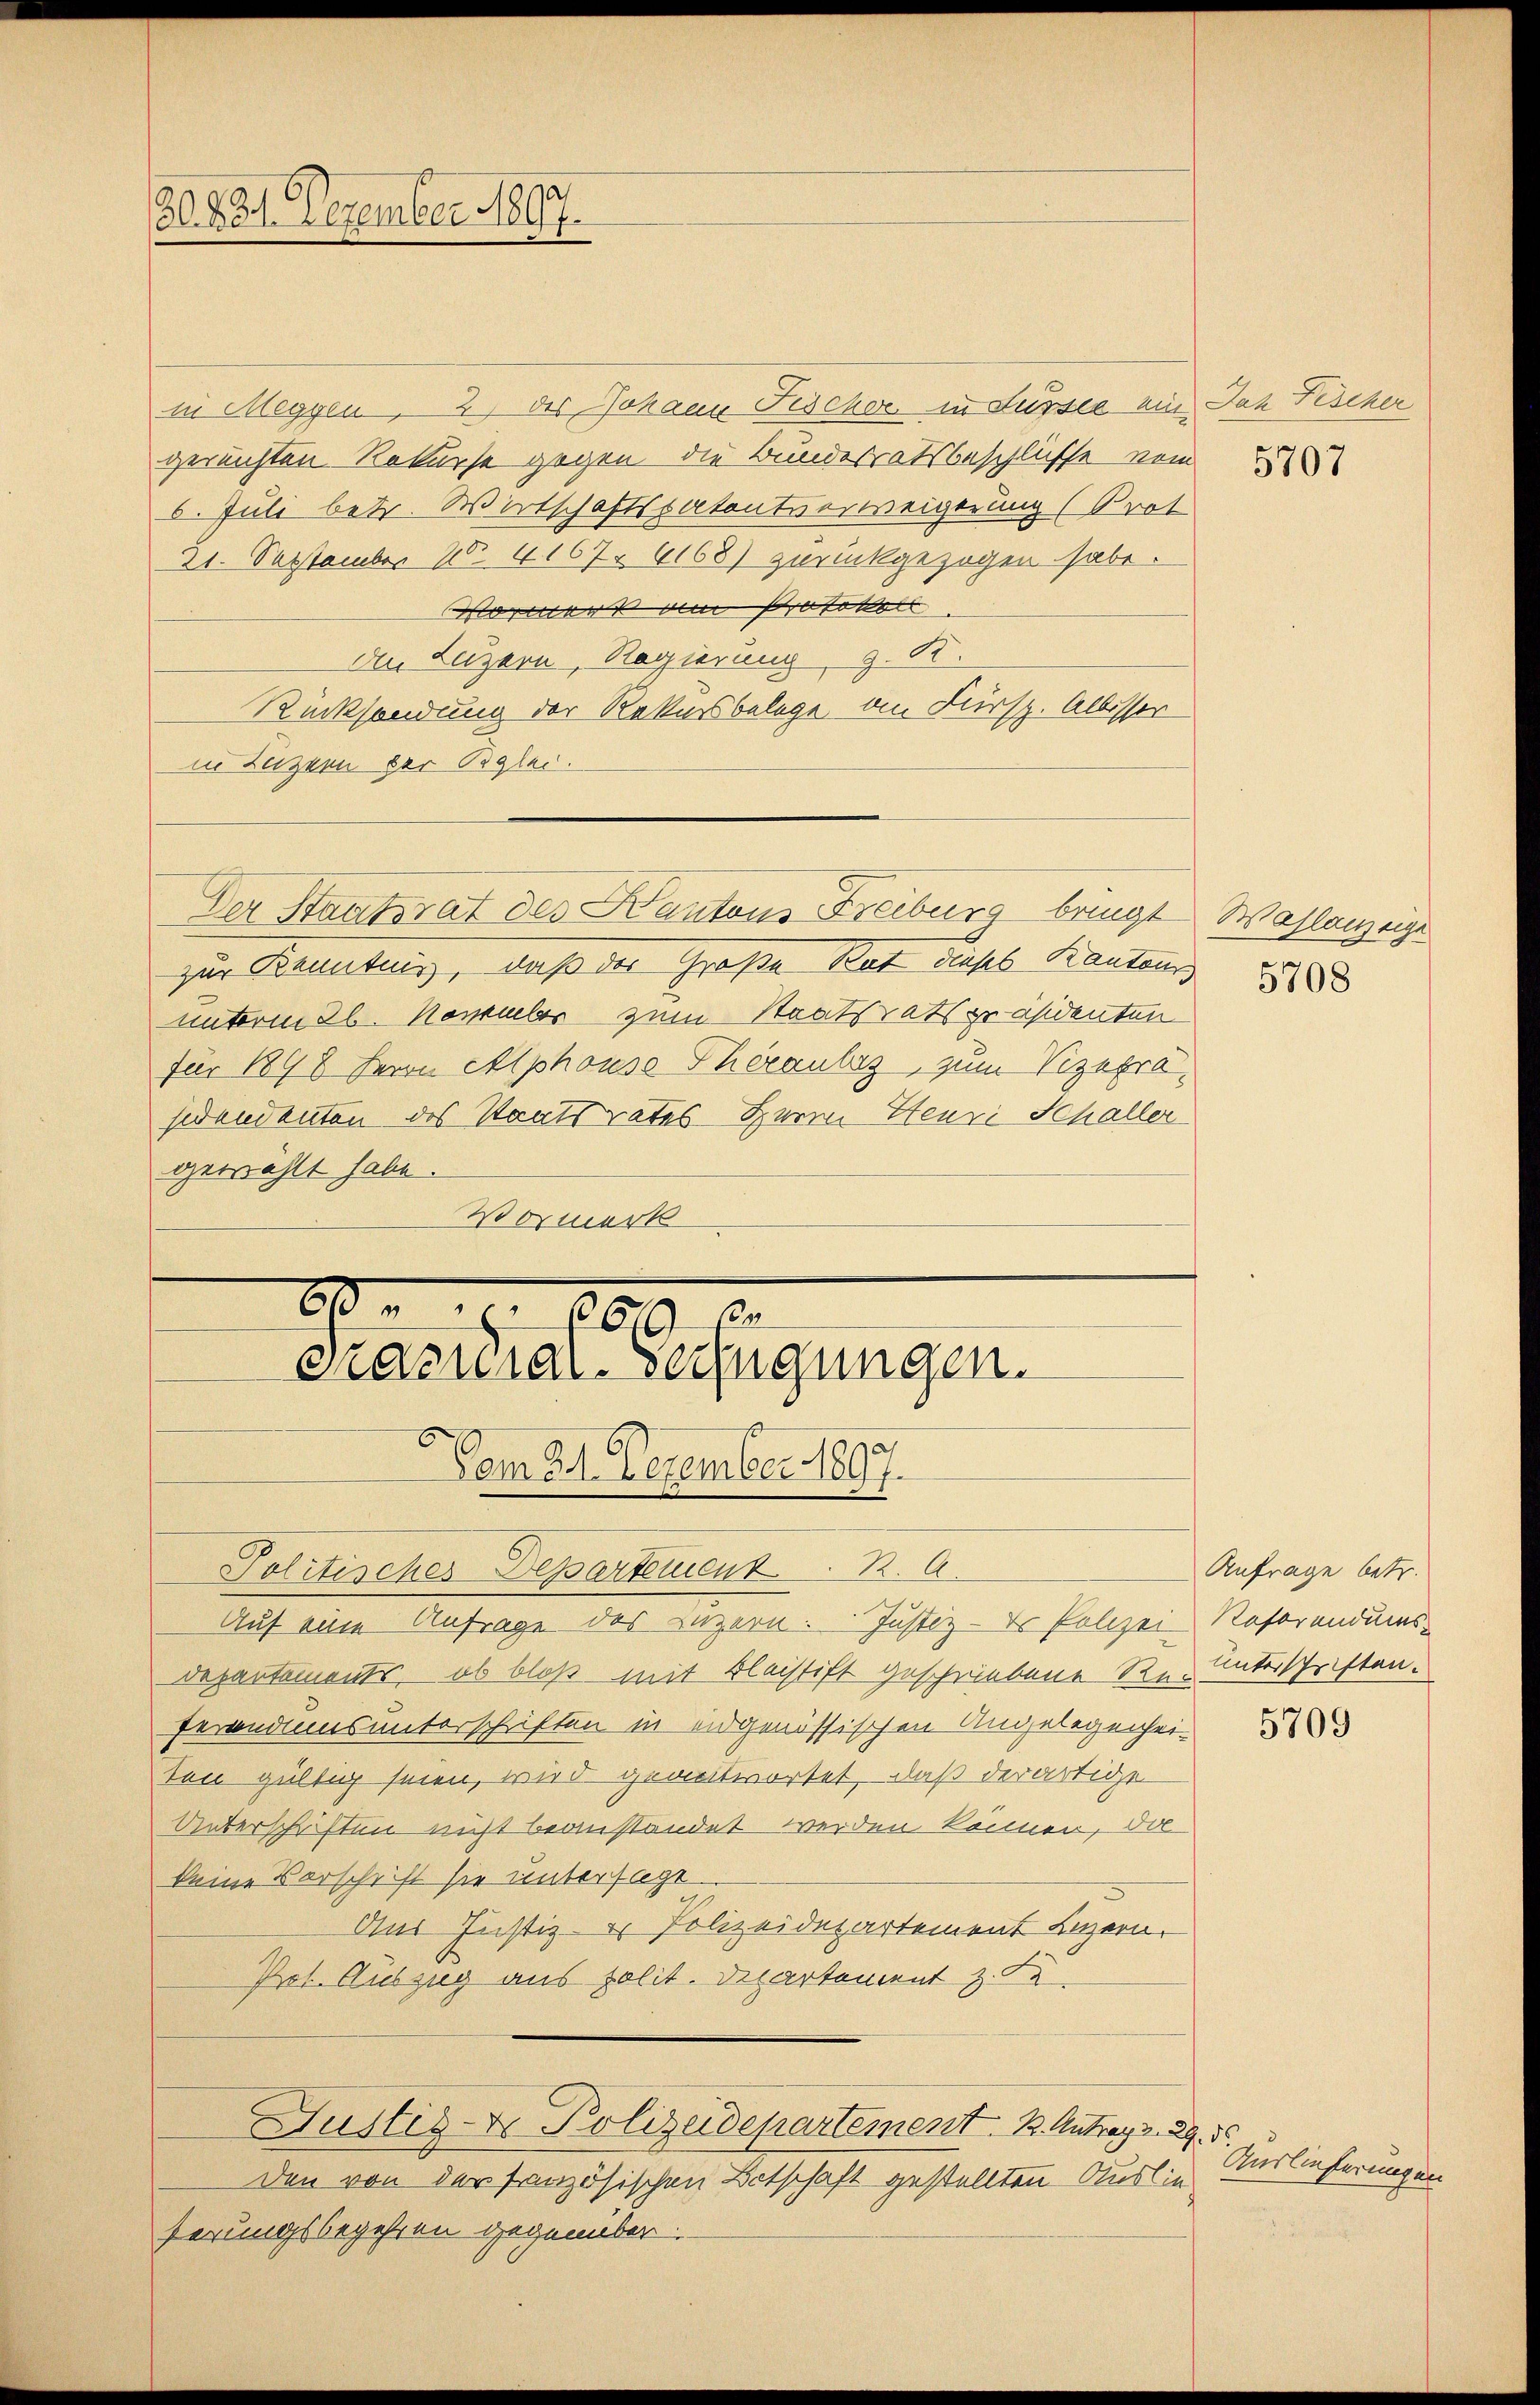
20. 821. Dezember 1807.

in Meggen, 2) des Johann Fischer in Fussee ein Dach Fischer
gereichten Rekurse gegen die Bundesratsbeschlüsse vom 2
6. Juli betr. Wirtschaftspatentverweigerung (Prot
21. September 1 4167. 6168) zurückgezogen habe.
Wowerk am Protokoll
de Luzern, Regierung, z. R.
Rücksendung der Rekursbelege an Fürsp. Albisser
in Luzern der Beglei
Der Staatsrat des Kantons Freiburg bringt Wahlanzeige
zur Kenntnis, daß der Große Rat dieses Kantons
unterm 26. November zum Staatsratspräsidenten
für 1898 Herrn Alphons Therauber, zum Vizepräsidendenten des Staatsrates Herrn Heuri Schaller
gewählt habe.
Vormerk

A . 1609 f.
Pracuiar-Verfügungen.
Vom 21. Dezember 1897.

Justiz- & Polizeidepartement. B. Antrag v. 29.

Politisches Departement. R. A
Auf eine Anfrage des Luzern. Justiz - Er Polizei Referendums-
Depantements, ob bloß mit Bleistift geschriebene Re- unterschriften.
ferandums unterschriften in eidgenössischen Angelegenheiten gültig seien, wird geantwortet, daß derartige
Unterschriften nicht beanstandet werden können, Sol
keine Verschrift sie untersage.
Aus Justiz- & Polizeidepartement Luzern.
Prot. Auszug aus polit. Departement z. Fa

Den von der französischen Betschaft gestellten Auslieferungsbegehren gegenüber.

5708

Anfrage betr.

5709

ds
Auslieferungen